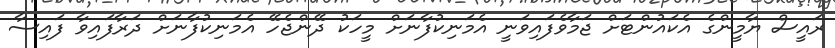
ރައީސް ޔާމީންގެ އެކައުންޓަށް ޖަމާވެފައިވަނީ އެމަނިކުފާނަށް މީހަކު ދޭންޖެހޭ އެމަނިކުފާނަށް ދަރާފައިވާ ފައިސާ